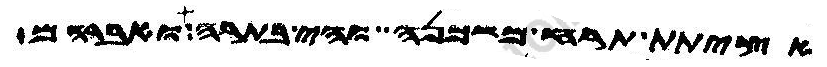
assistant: אציתת תרח משכנה והי בתרה ואברהם